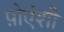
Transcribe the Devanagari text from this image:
प़ोएंशी